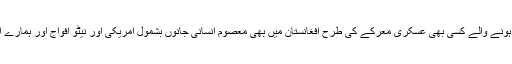
اس ميں کوئ شک نہيں کہ انسانی تاريخ ميں رونما ہونے والے کسی بھی عسکری معرکے کی طرح افغانستان ميں بھی معصوم انسانی جانوں بشمول امريکی اور نيٹو افواج اور ہمارے اتحاديوں کو بھی جانی نقصان برداشت کرنا پڑا ہے۔